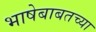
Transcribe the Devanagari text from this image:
भाषेबाबतच्या